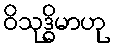
ဝိသုဒ္ဓိမာဟု